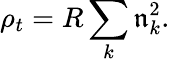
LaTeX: \rho_{t}=R\sum_{k}\mathfrak{n}_{k}^{2}.